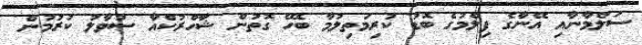
ސަލްމާނާއި އޭނާގެ ފިލްމުގެ ބޮޑު ކުރިމަތިލުމާ ބެހޭ ގޮތުން ޝާހްރުކްއާ ސުވާލު ކުރުމުން